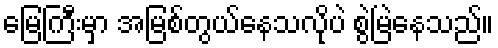
မြေကြီးမှာ အမြစ်တွယ်နေသလိုပဲ စွဲမြဲနေသည်။